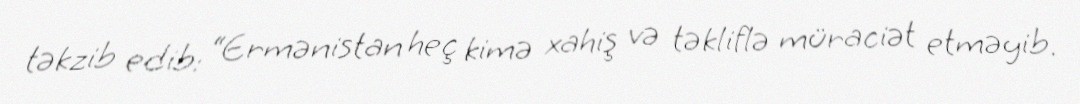
təkzib edib: “Ermənistan heç kimə xahiş və təkliflə müraciət etməyib.